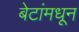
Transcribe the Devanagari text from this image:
बेटांमधून